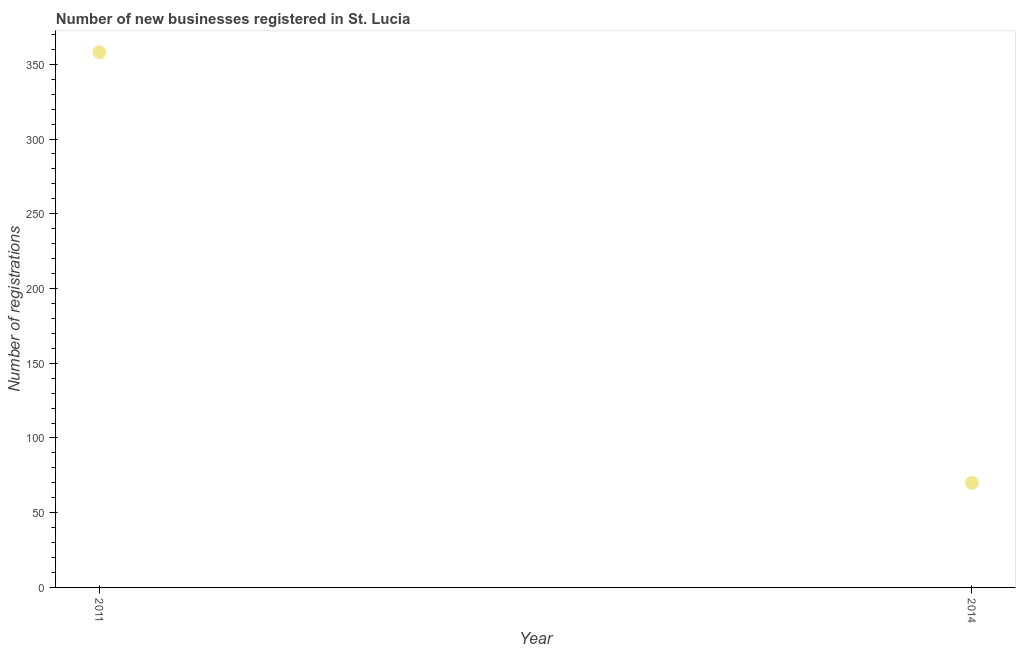
| Year | New businesses |
 | --- | --- |
 | 2011 | 358 |
 | 2014 | 70 |